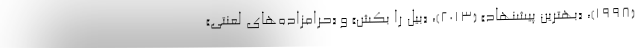
(۱۹۹۸)، «بهترین پیشنهاد» (۲۰۱۳)، «بیل را بکش» و «حرامزاده‌های لعنتی»